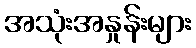
အသုံးအနှုန်းများ